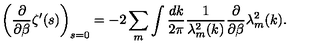
\left( \frac { \partial } { \partial \beta } \zeta ^ { \prime } ( s ) \right) _ { s = 0 } = - 2 \sum _ { m } \int \frac { d k } { 2 \pi } \frac { 1 } { \lambda _ { m } ^ { 2 } ( k ) } \frac { \partial } { \partial \beta } \lambda _ { m } ^ { 2 } ( k ) .